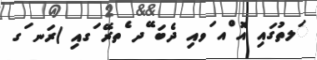
ަލތުގައި އޮ ްއ ަވއި ދެބަ ޭދ ެތރޭ ަގއި )ރަނ ަގ